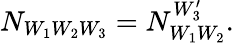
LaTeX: N_{W_{1}W_{2}W_{3}}=N_{W_{1}W_{2}}^{W_{3}^{\prime}}.